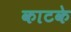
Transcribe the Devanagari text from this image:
काटके